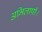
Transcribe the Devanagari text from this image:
अभिलाषी।